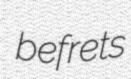
befrets